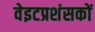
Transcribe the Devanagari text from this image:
वेइटप्रशंसकों